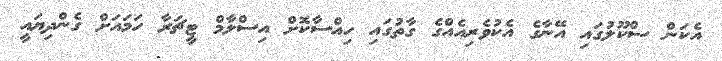
އެކަން ސްކޫލުގައި އޭނާގެ އެކުވެރިއެއްގެ ގާތުގައި ހިއްސާކޮށް އިސްލާމް ޓީޗަރާ ހަމައަށް ގެންދިޔައީ